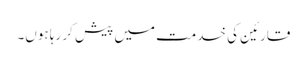
قارئین کی خدمت میں پیش کر رہا ہوں۔